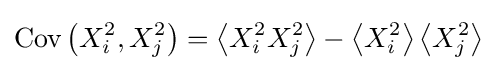
\operatorname {Cov} \left(X_{i}^{2},X_{j}^{2}\right)=\left\langle X_{i}^{2}X_{j}^{2}\right\rangle -\left\langle X_{i}^{2}\right\rangle \left\langle X_{j}^{2}\right\rangle